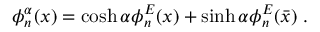
\phi _ { n } ^ { \alpha } ( x ) = \cosh \alpha \phi _ { n } ^ { E } ( x ) + \sinh \alpha \phi _ { n } ^ { E } ( \bar { x } ) \; .